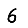
Digit: 6